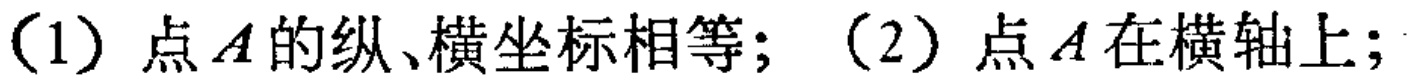
(1) 点 \(A\) 的纵、横坐标相等; (2) 点 \(A\) 在横轴上;